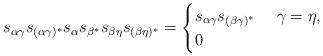
LaTeX: \begin{align*}s_{\alpha\gamma}s_{(\alpha\gamma)^*}s_\alpha s_{\beta^*} s_{\beta\eta}s_{(\beta\eta)^*} & = \begin{cases}s_{\alpha\gamma}s_{(\beta\gamma)^*} & \ \gamma=\eta,\\0 & \ \end{cases}\end{align*}